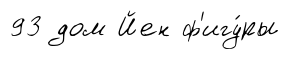
93 дом Йен ф'игу́ры